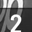
Digit: 2